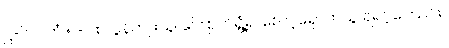
ဋ္ဌ-၆၁၊ ကံ ၅-ပါး လွန်ကျူးသူ၊ ကြောက်ရွံ့၍ စောင့်ရှောက်သူ ရဲရင့်ကြောင်း။